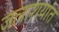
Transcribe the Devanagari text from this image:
जलाशयांत